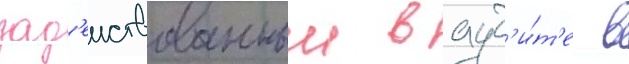
зад'еиствованныи в ауд'и́т'е в